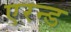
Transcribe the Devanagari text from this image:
एरन्ड